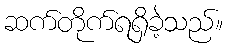
ဆက်တိုက်ရရှိခဲ့သည်။